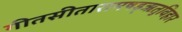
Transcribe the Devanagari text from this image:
गीतसीतारामषड्ऋतुविहार